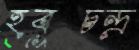
হবুচন্দ্র